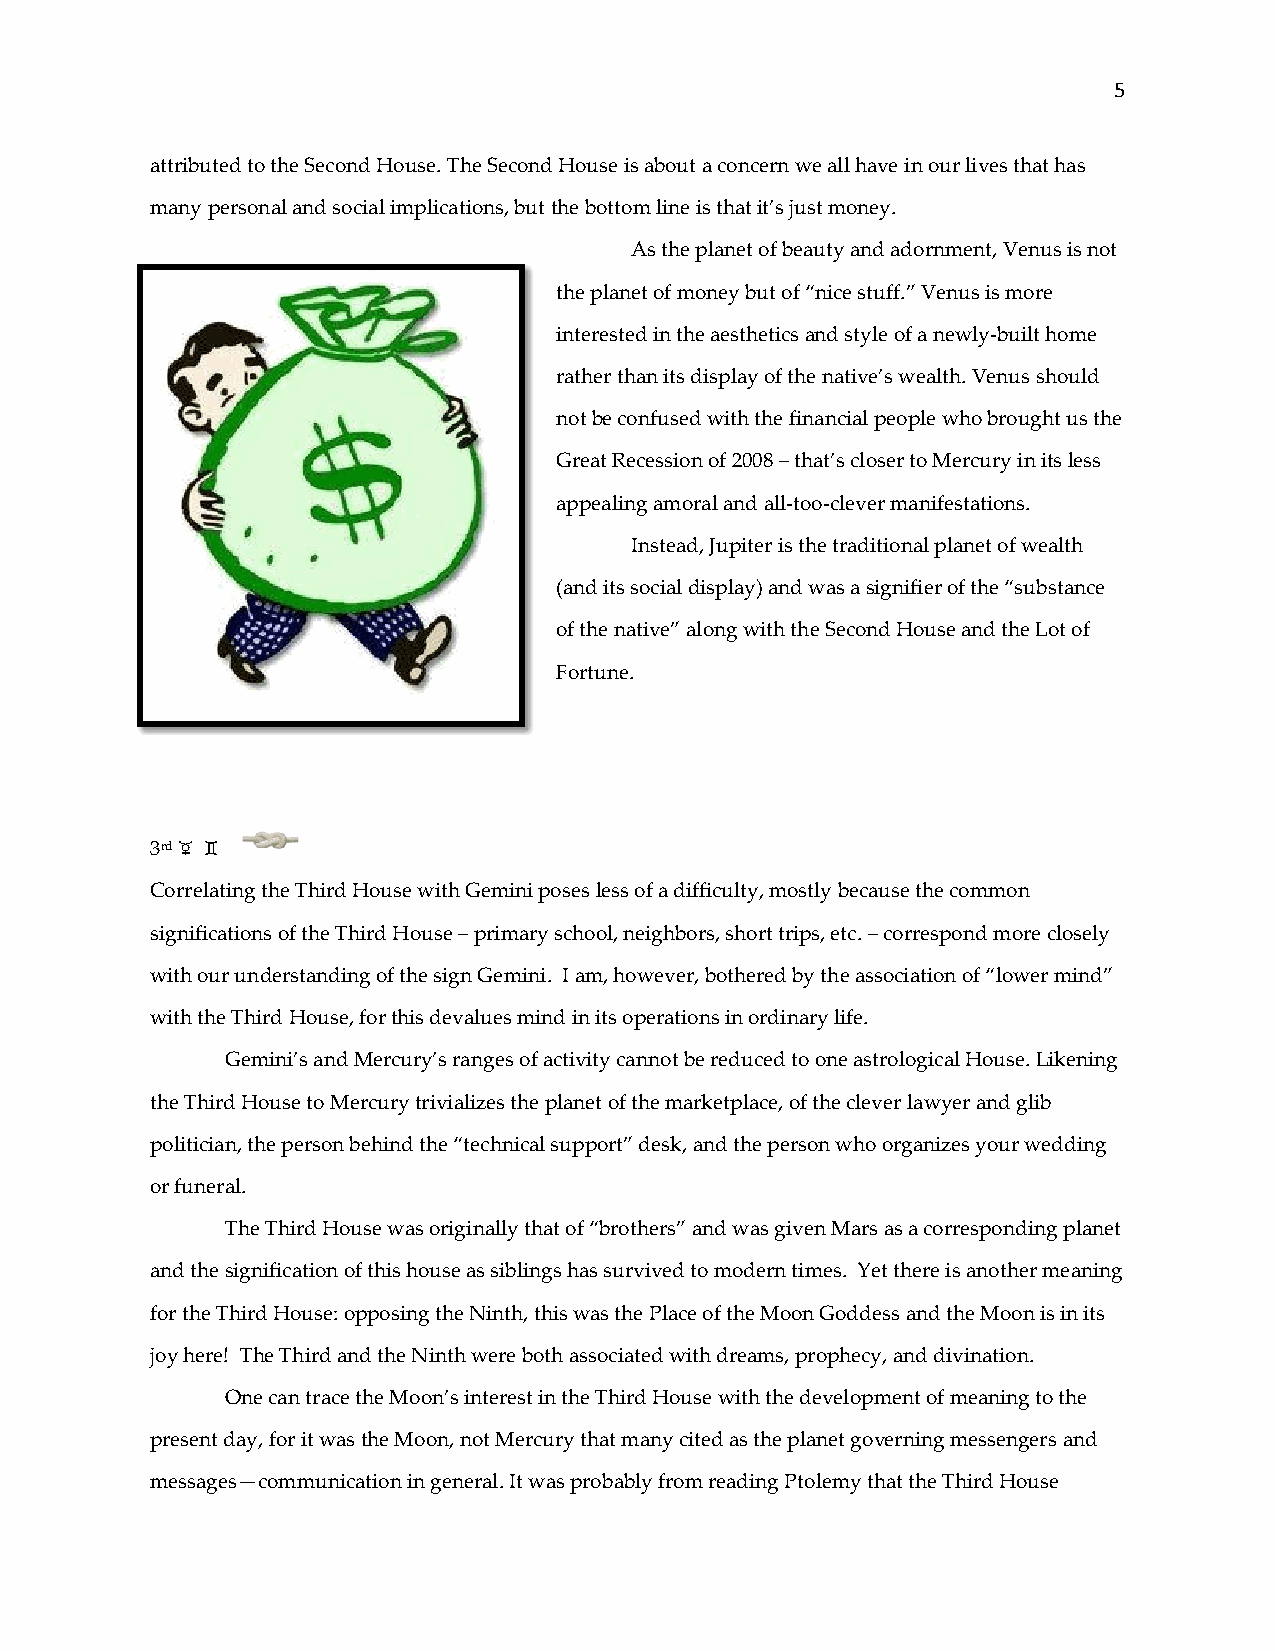
5
 attributed to the Second House. The Second House is about a concern we all have in our lives that has
 many personal and social implications, but the bottom line is that it’s just money.
 As the planet of beauty and adornment, Venus is not
 the planet of money but of “nice stuff.” Venus is more
 interested in the aesthetics and style of a newly-built home
 rather than its display of the native’s wealth. Venus should
 not be confused with the financial people who brought us the
 Great Recession of 2008 – that’s closer to Mercury in its less
 appealing amoral and all-too-clever manifestations.
 Instead, Jupiter is the traditional planet of wealth
 (and its social display) and was a signifier of the “substance
 of the native” along with the Second House and the Lot of
 Fortune.
 3rd d e
 Correlating the Third House with Gemini poses less of a difficulty, mostly because the common
 significations of the Third House – primary school, neighbors, short trips, etc. – correspond more closely
 with our understanding of the sign Gemini. I am, however, bothered by the association of “lower mind”
 with the Third House, for this devalues mind in its operations in ordinary life.
 Gemini’s and Mercury’s ranges of activity cannot be reduced to one astrological House. Likening
 the Third House to Mercury trivializes the planet of the marketplace, of the clever lawyer and glib
 politician, the person behind the “technical support” desk, and the person who organizes your wedding
 or funeral.
 The Third House was originally that of “brothers” and was given Mars as a corresponding planet
 and the signification of this house as siblings has survived to modern times. Yet there is another meaning
 for the Third House: opposing the Ninth, this was the Place of the Moon Goddess and the Moon is in its
 joy here! The Third and the Ninth were both associated with dreams, prophecy, and divination.
 One can trace the Moon’s interest in the Third House with the development of meaning to the
 present day, for it was the Moon, not Mercury that many cited as the planet governing messengers and
 messages—communication in general. It was probably from reading Ptolemy that the Third House